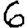
Digit: 6